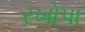
રખોપા